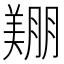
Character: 𦎿